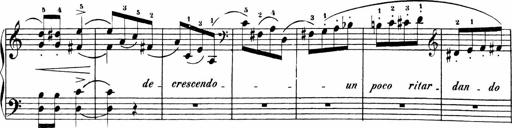
Title: Sonatinas
Composer: Andrew Violette